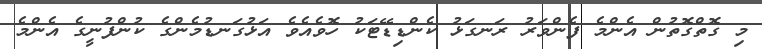
މި ގޮތްގޮތުން އެންމެ ފެންވަރު ރަނގަޅު ކެންޑިޑޭޓަކު ހޮވެއެވެ އަޅުގަނޑުމެންގެ ކުންފުނީގެ އެންމެ